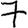
Digit: 7